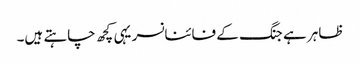
ظاہر ہے جنگ کے فائنانسر یہی کچھ چاہتے ہیں۔